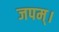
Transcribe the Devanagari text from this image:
जपम्‌।